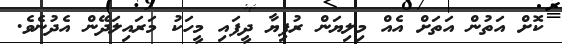
ކޮށް އަތުން އަތަށް އެއް މިލިޔަން ރުފިޔާ ދީފައި މީހަކު މަރައިލަދޭން އެދުނެވެ.